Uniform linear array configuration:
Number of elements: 8
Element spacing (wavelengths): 1
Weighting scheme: cosine
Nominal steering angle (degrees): -60
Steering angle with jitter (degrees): -58.758
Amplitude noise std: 0.05
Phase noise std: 0.05

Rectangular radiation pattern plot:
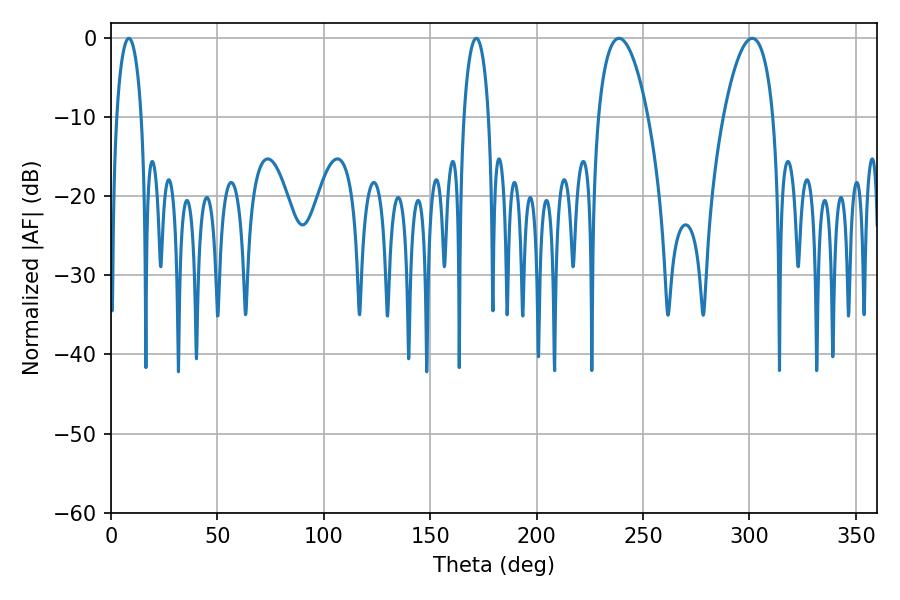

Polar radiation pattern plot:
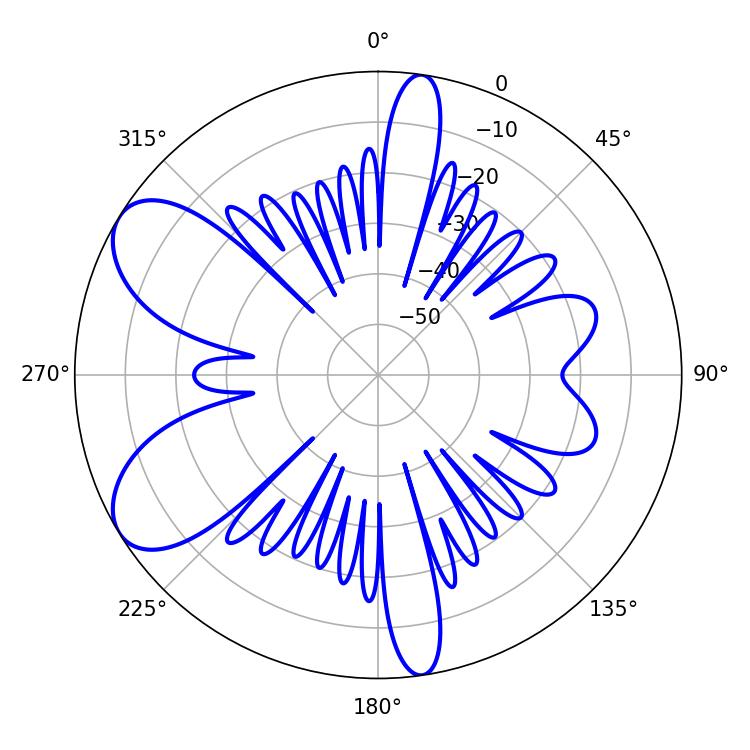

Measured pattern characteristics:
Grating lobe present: TRUE
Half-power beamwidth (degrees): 13.14
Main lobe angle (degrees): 238.68